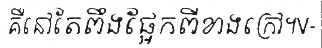
គឺនៅតែពឹងផ្អែកពីខាងក្រៅ។V-